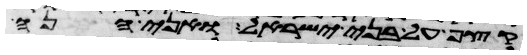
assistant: קצף על בני ישראל ואני הנה